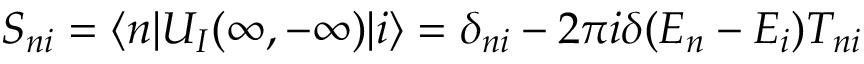
S _ { n i } = \langle n \lvert U _ { I } ( \infty , - \infty ) \lvert i \rangle = \delta _ { n i } - 2 \pi i \delta ( E _ { n } - E _ { i } ) T _ { n i }